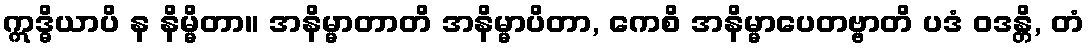
ဣဒ္ဓိယာပိ န နိမ္မိတာ။ အနိမ္မာတာတိ အနိမ္မာပိတာ, ကေစိ အနိမ္မာပေတဗ္ဗာတိ ပဒံ ဝဒန္တိ, တံ